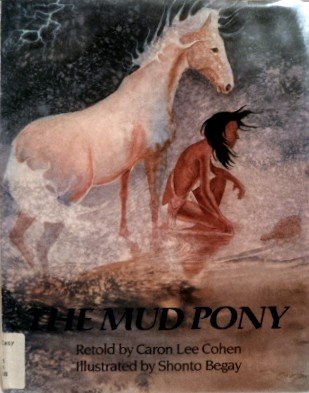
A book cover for The Mud Pony; Caron Lee Cohen; Children's Books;